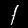
Digit: 1